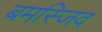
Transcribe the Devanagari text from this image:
बमस्जिद